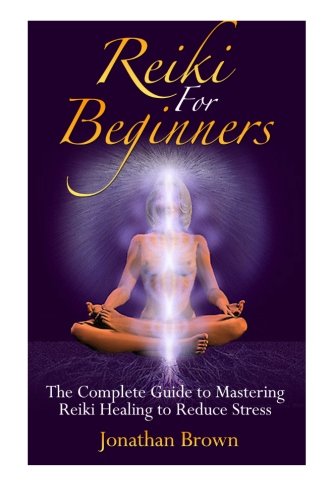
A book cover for Reiki For Beginners: The Complete Guide to Mastering Reiki Healing to Reduce Stress (Reiki, Chakras, Aura, Reiki Symbols, Reiki Meditation, Reiki for life); Jonathan Brown; Religion & Spirituality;